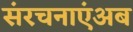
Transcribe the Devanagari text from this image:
संरचनाएंअब